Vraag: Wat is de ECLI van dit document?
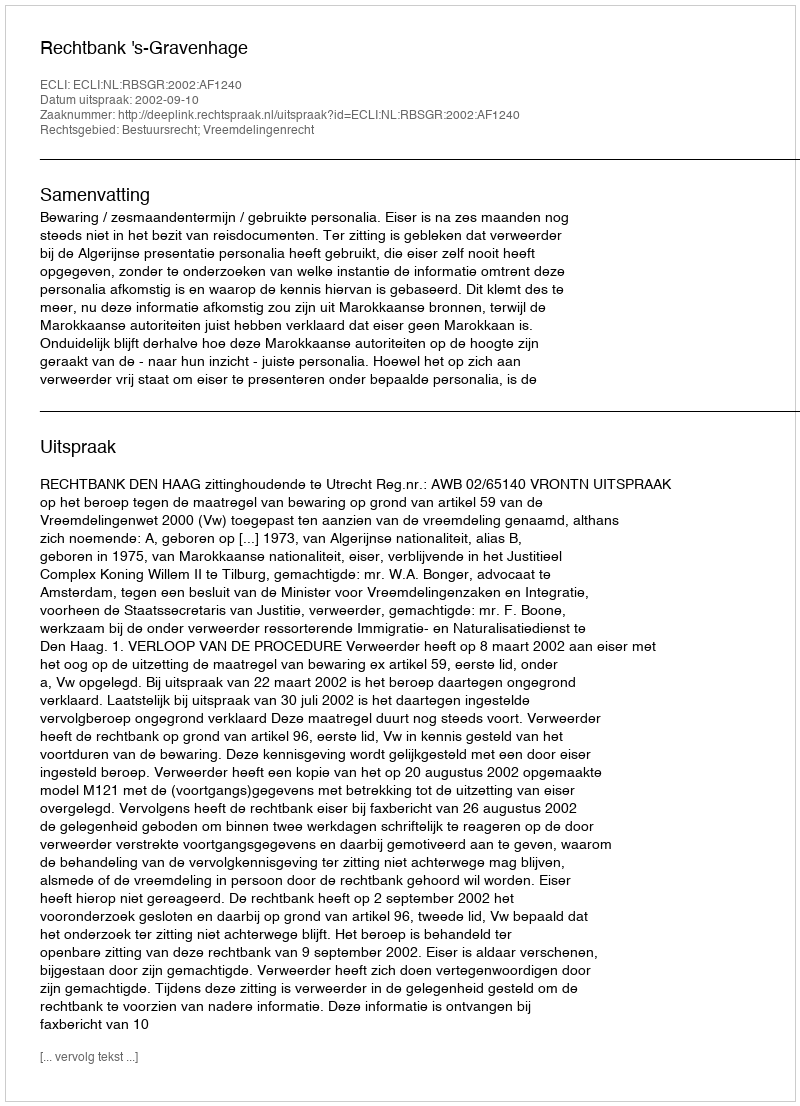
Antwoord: ECLI:NL:RBSGR:2002:AF1240